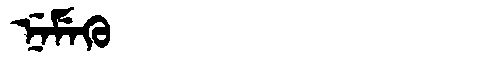
Manchu: ᠨᡝᠮᡝᡴᡠ
Romanization: NEMEKU